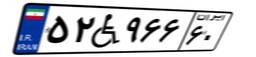
۵۲W۹۶۶۶۰